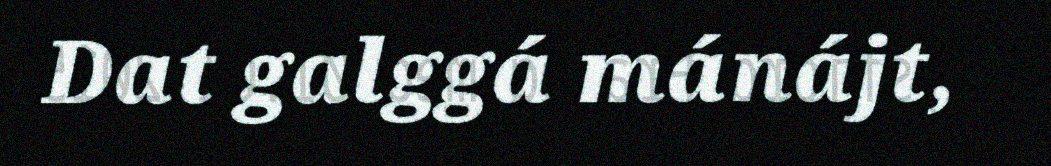
Dat galggá mánájt,